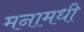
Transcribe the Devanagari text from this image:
मनामधी